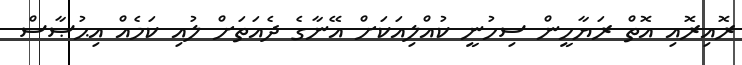
ރޮއިރޮއި އޮތް ރަޔާހީން ސިހުނީ ކުއްލިއަކަށް އޭނާގެ ދެއަތަށް ލުއި ކަމެއް އިޙުޞާސް